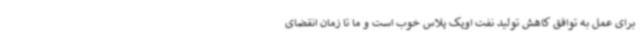
برای عمل به توافق کاهش تولید نفت اوپک پلاس خوب است و ما تا زمان انقضای